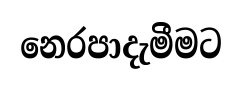
නෙරපාදැමීමට